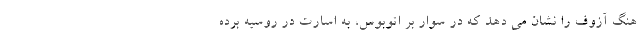
هنگ آزوف را نشان می دهد که در سوار بر اتوبوس، به اسارت در روسیه برده